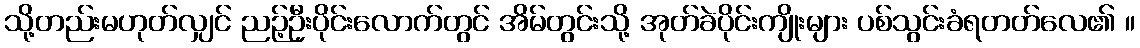
သို့တည်းမဟုတ်လျှင် ညဉ့်ဦးပိုင်းလောက်တွင် အိမ်တွင်းသို့ အုတ်ခဲပိုင်းကျိုးများ ပစ်သွင်းခံရတတ်လေ၏ ။